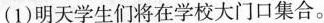
(1)明天学生们将在学校大门口集合.。